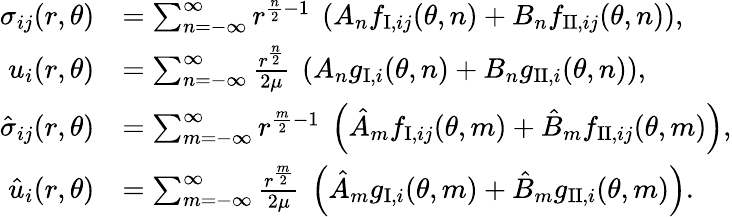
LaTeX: \begin{array}{rl}{\sigma_{ij}(r,\theta)}&{=\sum_{n=-\infty}^{\infty}{r^{\frac{n}{2}-1}\ \left(A_{n}f_{\mathrm{I},ij}(\theta,n)+B_{n}f_{\mathrm{II},ij}(\theta,n)\right)},}\\ {u_{i}(r,\theta)}&{=\sum_{n=-\infty}^{\infty}\frac{r^{\frac{n}{2}}}{2\mu}\ \left(A_{n}g_{\mathrm{I},i}(\theta,n)+B_{n}g_{\mathrm{II},i}(\theta,n)\right),}\\ {\hat{\sigma}_{ij}(r,\theta)}&{=\sum_{m=-\infty}^{\infty}{r^{\frac{m}{2}-1}\ \left(\hat{A}_{m}f_{\mathrm{I},ij}(\theta,m)+\hat{B}_{m}f_{\mathrm{II},ij}(\theta,m)\right)},}\\ {\hat{u}_{i}(r,\theta)}&{=\sum_{m=-\infty}^{\infty}\frac{r^{\frac{m}{2}}}{2\mu}\ \left(\hat{A}_{m}g_{\mathrm{I},i}(\theta,m)+\hat{B}_{m}g_{\mathrm{II},i}(\theta,m)\right).}\end{array}